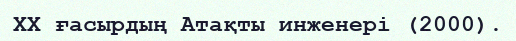
XX ғасырдың Атақты инженері (2000).